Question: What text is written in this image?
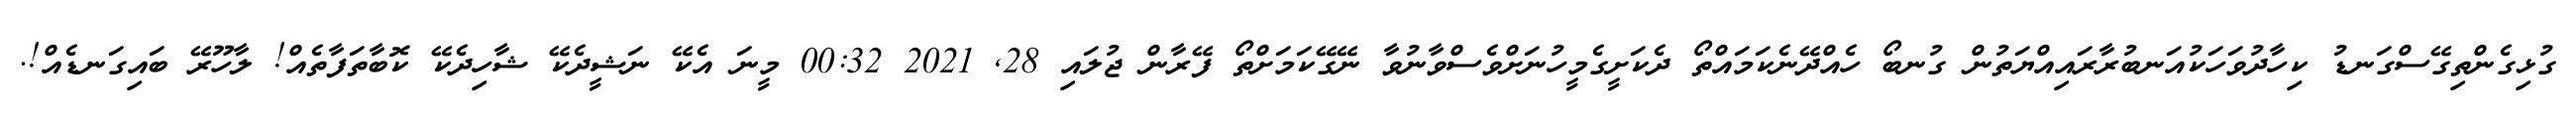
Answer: ގުޅިގެންތިގޭސްގަނޑު ކިހާދުވަހަކުއަނބުރާރައިއްޔަތުން ގުނބޯ ހެއްދޭނެކަމައްތޯ ދެކަށީގެމީހުނަށްވެސްވާނުވާ ނޭގޭކަމަށްތޯ ފޭރާން ޖުލައި 28, 2021 00:32 މީނަ އެކޭ ނަޝީދެކޭ ޝާހިދެކޭ ކޮބާތަފާތެއް! ލާހޫރޭ ބައިގަނޑެއް!.